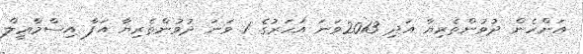
އަންހެން ދުވުންތެރިޔާ އަދި 2013ވަނަ އަހަރުގެ 1 ވަނަ ދުވުންތެރިޔާ އަފާ އިސްމާޢީލް